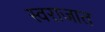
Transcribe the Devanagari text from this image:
स्वराजात